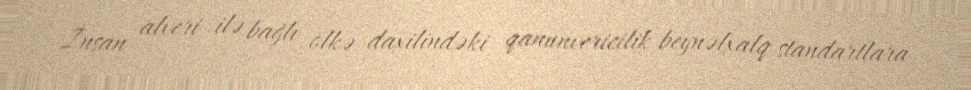
İnsan alveri ilə bağlı ölkə daxilindəki qanunvericilik beynəlxalq standartlara